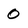
Character: 0